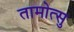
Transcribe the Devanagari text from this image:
तामोत्सु